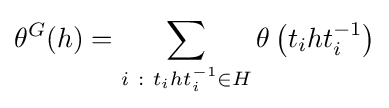
\theta ^{G}(h)=\sum _{i\ :\ t_{i}ht_{i}^{-1}\in H}\theta \left(t_{i}ht_{i}^{-1}\right)